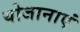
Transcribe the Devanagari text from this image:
योजानाएं